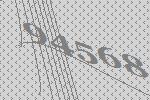
94568